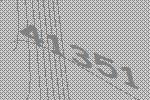
41351